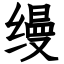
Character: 缦